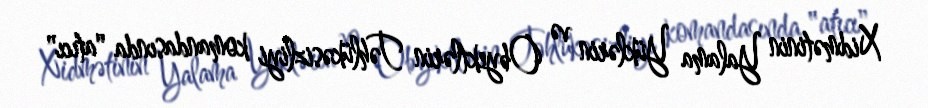
Xidmətinin Yalama Yüklərin və Obyektlərin Təhlükəsizliyi komandasında "atıcı"